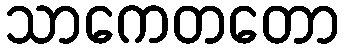
သာကေတတော